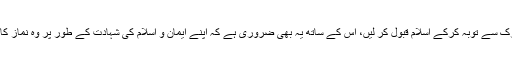
یعنی خدا کے اِس عذاب سے بچنے کے لیے صرف اتنا کافی نہیں ہے کہ وہ کفر و شرک سے توبہ کرکے اسلام قبول کر لیں، اِس کے ساتھ یہ بھی ضروری ہے کہ اپنے ایمان و اسلام کی شہادت کے طور پر وہ نماز کا اہتمام کریں اور ریاست کا نظم چلانے کے لیے اُس کے بیت المال کو زکوٰۃ ادا کریں۔